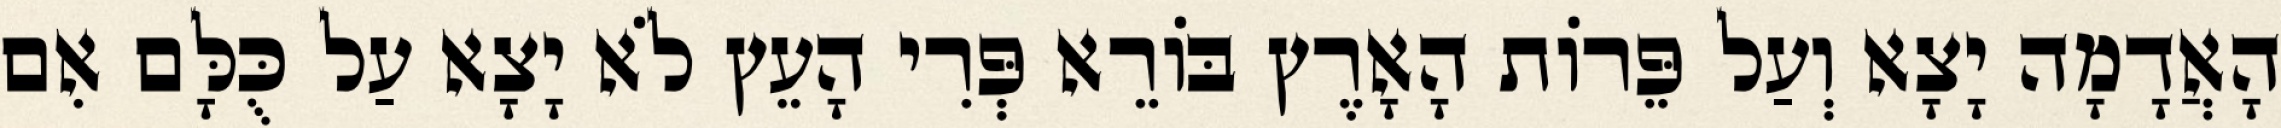
הָאֲדָמָה יָצָא וְעַל פֵּרוֹת הָאָרֶץ בּוֹרֵא פְּרִי הָעֵץ לֹא יָצָא עַל כֻּלָּם אִם